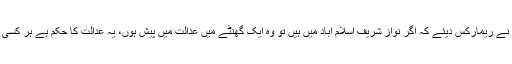
چیف جسٹس نے ریمارکس دیئے کہ اگر نواز شریف اسلام آباد میں ہیں تو وہ ایک گھنٹے میں عدالت میں پیش ہوں، یہ عدالت کا حکم ہے ہر کسی کو آنا پڑیگا۔